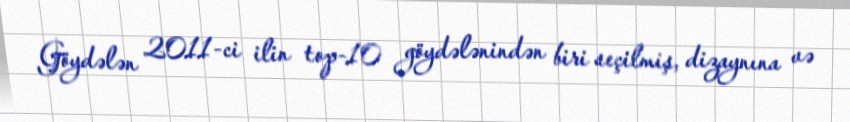
Göydələn 2011-ci ilin top-10 göydələnindən biri seçilmiş, dizaynına və